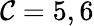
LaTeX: \mathcal{C}=5,6